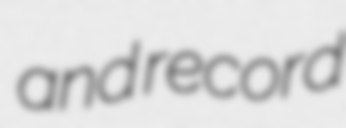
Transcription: and record